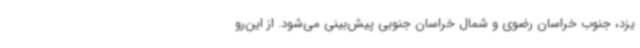
یزد، جنوب خراسان رضوی و شمال خراسان جنوبی پیش‌بینی می‌شود. از این‌رو